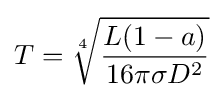
T={\sqrt[{4}]{\frac {L(1-a)}{16\pi \sigma D^{2}}}}